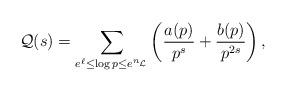
LaTeX: \begin{align*}\mathcal{Q}(s)=\sum_{e^{\ell} \leq \log p \leq e^{n_{\mathcal{L}}}}\left(\frac{a(p)}{p^s}+\frac{b(p)}{p^{2s}}\right),\end{align*}